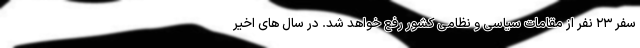
سفر ۲۳ نفر از مقامات سیاسی و نظامی کشور رفع خواهد شد. در سال های اخیر